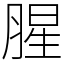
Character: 腥